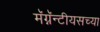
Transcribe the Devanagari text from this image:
मॅग्नॅन्टीयसच्या